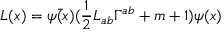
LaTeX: L ( x ) = \bar { \psi ( x ) } ( \frac { 1 } { 2 } L _ { a b } \Gamma ^ { a b } + m + 1 ) \psi ( x )